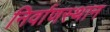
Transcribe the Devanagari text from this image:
निर्वाणस्थान